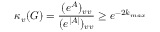
\kappa _ { v } ( G ) = \frac { ( e ^ { A } ) _ { v v } } { ( e ^ { | A | } ) _ { v v } } \geq e ^ { - 2 k _ { m a x } }